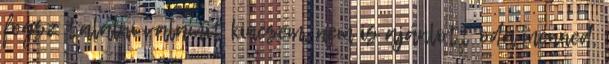
fogsz találni valamit kincsem, nem is ajánlott oda menned,